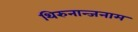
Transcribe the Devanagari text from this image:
थिरुनान्जनाम